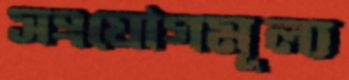
সংযোগমূল্য